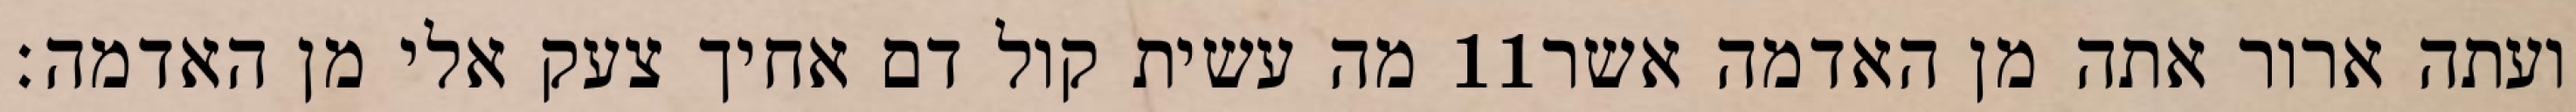
מה עשית קול דם אחיך צעק אלי מן האדמה׃ ‎11‏ ועתה ארור אתה מן האדמה אשר